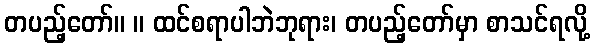
တပည့်တော်။ ။ ထင်စရာပါဘဲဘုရား၊ တပည့်တော်မှာ စာသင်ရလို့